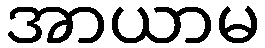
အာယာမ